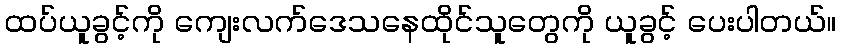
ထပ်ယူခွင့်ကို ကျေးလက်ဒေသနေထိုင်သူတွေကို ယူခွင့် ပေးပါတယ်။